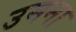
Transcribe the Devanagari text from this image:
उमना